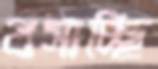
বসাচ্ছি